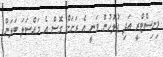
މިނިސްޓްރީ އަދި ފުލުހުން ވަނީ އެ ރަށަށް ގޮސް އެ މައްސަލަ ބަލަން